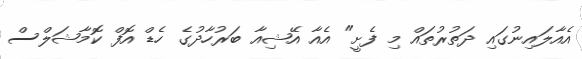
އެއާލައިނުގައި ދަތުރުތައް މި ފެށީ" އެއާ އޭޝިއާ ބަރުހާދުގެ ހެޑް އޮފް ކޮމާޝަލްސް